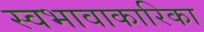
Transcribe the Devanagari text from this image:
स्वभावाकारिका